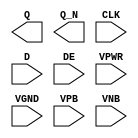
module sky130_fd_sc_lp__edfxbp (
    Q   ,
    Q_N ,
    CLK ,
    D   ,
    DE  ,
    VPWR,
    VGND,
    VPB ,
    VNB
);

    output Q   ;
    output Q_N ;
    input  CLK ;
    input  D   ;
    input  DE  ;
    input  VPWR;
    input  VGND;
    input  VPB ;
    input  VNB ;
endmodule